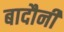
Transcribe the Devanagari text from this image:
बादौनी